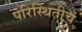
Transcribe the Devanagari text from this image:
परिस्थितीचं